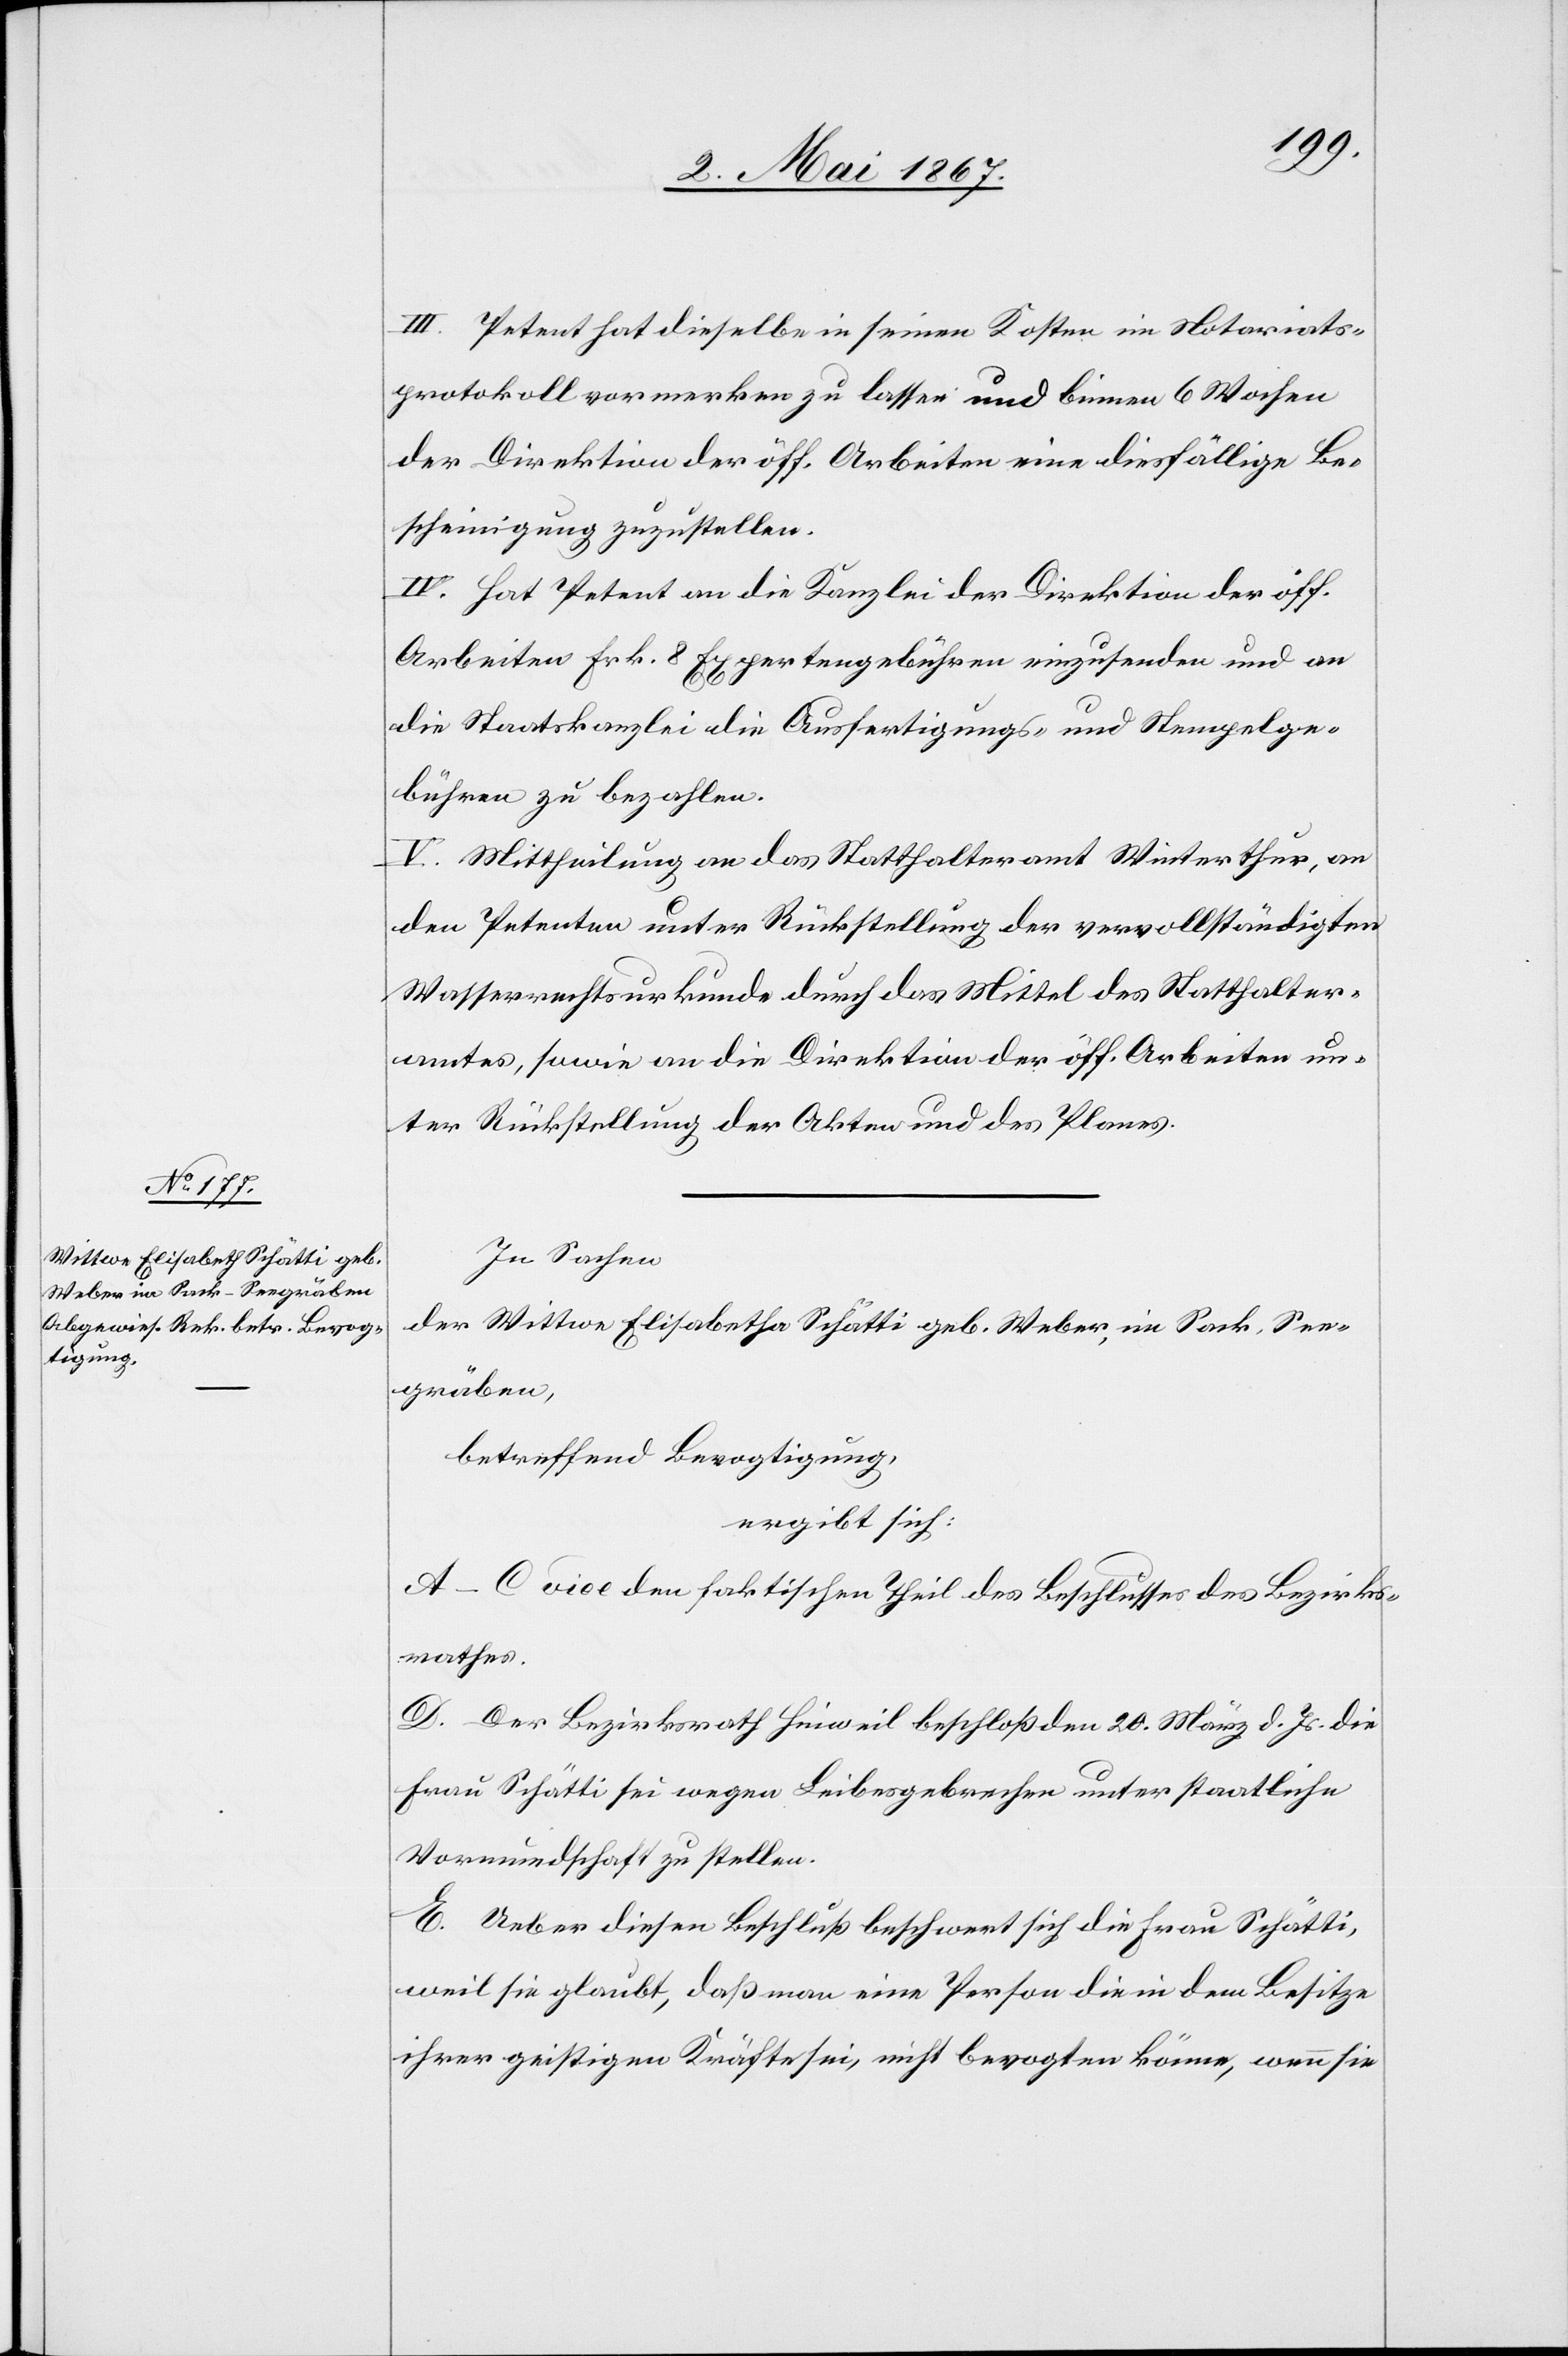
III. Petent hat dieselbe in seinen Kosten im Notariats¬
protokoll vormerken zu lassen und binnen 6 Wochen
der Direktion der öff. Arbeiten eine diesfällige Be¬
scheinigung zuzustellen.
IV. Hat Petent an die Kanzlei der Direktion der öff.
Arbeiten Frk. 8 Expertengebühren einzusenden und an
die Staatskanzlei die Ausfertigungs- und Stempelge¬
bühren zu bezahlen.
V. Mittheilung an das Statthalteramt Winterthur, an
den Petenten unter Rückstellung der vervollständigten
Wasserrechtsurkunde durch das Mittel des Statthalter¬
amtes, sowie an die Direktion der öff. Arbeiten un¬
ter Rückstellung der Akten und des Planes.
In Sachen
der Wittwe Elisabeth Schätti geb. Weber, im Park, See¬
gräben,
betreffend Bevogtigung,
ergibt sich:
A–C. vide den faktischen Theil des Beschlusses des Bezirks¬
rathes.
D. Der Bezirksrath Hinweil beschloß den 20. März d. Js. die
Frau Schätti sei wegen Leibesgebrechen unter staatliche
Vormundschaft zu stellen.
E. Ueber diesen Beschluß beschwert sich die Frau Schätti,
weil sie glaubt, daß man eine Person die in dem Besitze
ihrer geistigen Kräfte sei, nicht bevogten könne, wenn sie